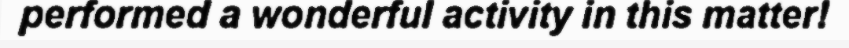
performed a wonderful activity in this matter!